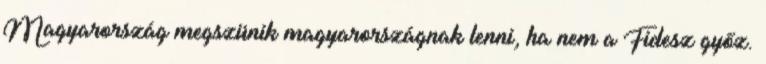
Magyarország megszünik magyarországnak lenni, ha nem a Fidesz győz.